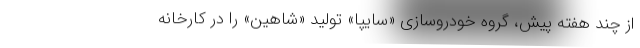
از چند هفته پیش، گروه خودروسازی «سایپا» تولید «شاهین» را در کارخانه